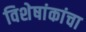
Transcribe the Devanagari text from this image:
विशेषांकांचा